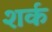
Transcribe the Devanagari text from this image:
शर्क